Vaccination North-Western Provinces 1866-1877 - 1866-1877
Year: 1866
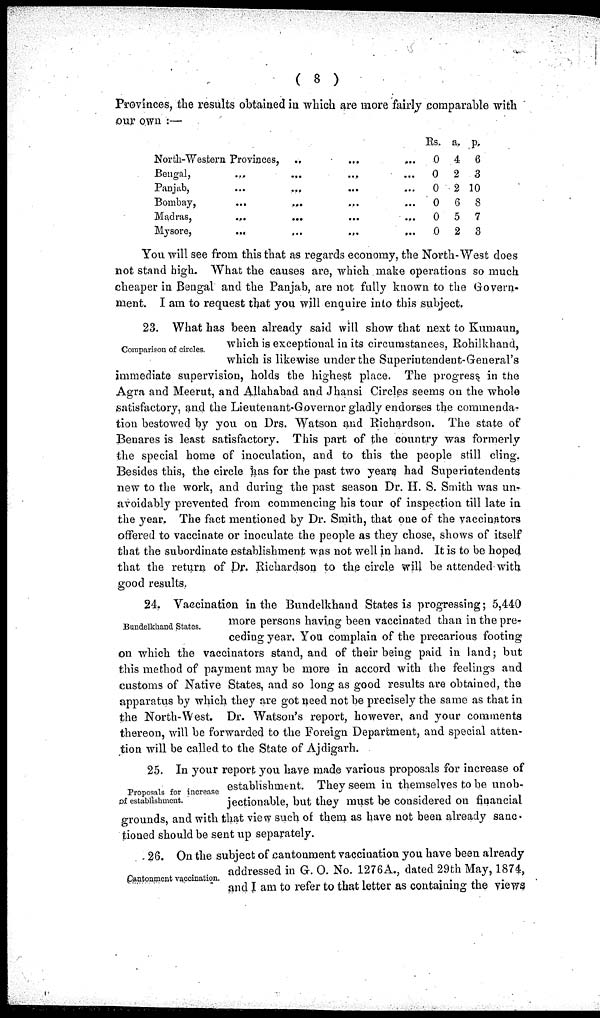
( 8 )
Provinces, the results obtained in which are more fairly comparable with
our own :—
North-Western Provinces,
Bengal,
...
Panjab,
...
Bombay,
...
Madras,
...
Mysore,
...
..
...
...
...
...
...
...
...
...
...
...
...
...
...
...
...
...
...
Rs.
0
0
0
0
0
0
a.
4
2
2
6
5
2
P
6
3
10
8
7
3
You will see from this that as regards economy, the North-West does
not stand high. What the causes are, which make operations so much
cheaper in Bengal and the Panjab, are not fully known to the Govern-
ment. I am to request that you will enquire into this subject.
Comparison of circles.
23. What has been already said will show that next to Kumaun,
which is exceptional in its circumstances, Rohilkhand,
which is likewise under the Superintendent-General's
immediate supervision, holds the highest place. The progress in the
Agra and Meerut, and Allahabad and Jhansi Circles seems on the whole
satisfactory, and the Lieutenant-Governor gladly endorses the commenda-
tion bestowed by you on Drs. Watson and Richardson. The state of
Benares is least satisfactory. This part of the country was formerly
the special home of inoculation, and to this the people still cling.
Besides this, the circle has for the past two years had Superintendents
new to the work, and during the past season Dr. H. S. Smith was un-
avoidably prevented from commencing his tour of inspection till late in
the year. The fact mentioned by Dr. Smith, that one of the vaccinators
offered to vaccinate or inoculate the people as they chose, shows of itself
that the subordinate establishment was not well in hand. It is to be hoped
that the return of Dr. Richardson to the circle will be attended with
good results.
Bundelkhand States.
24. Vaccination in the Bundelkhand States is progressing; 5,440
more persons having been vaccinated than in the pre-
ceding year. You complain of the precarious footing
on which the vaccinators stand, and of their being paid in land; but
this method of payment may be more in accord with the feelings and
customs of Native States, and so long as good results are obtained, the
apparatus by which they are got need not be precisely the same as that in
the North-West. Dr. Watson's report, however, and your comments
thereon, will be forwarded to the Foreign Department, and special atten-
tion will be called to the State of Ajdigarh.
Proposals for increase
of establishment.
25. In your report you have made various proposals for increase of
establishment. They seem in themselves to be unob-
jectionable, but they must be considered on financial
grounds, and with that view such of them as have not been already sanc-
tioned should be sent up separately.
Cantonment vaccination.
26. On the subject of cantonment vaccination you have been already
addressed in G. O. No. 1276A., dated 29th May, 1874,
and I am to refer to that letter as containing the views